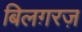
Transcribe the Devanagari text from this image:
बिलग़रज़